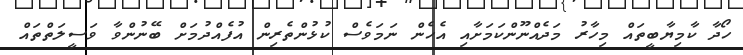
ހޯދާ ކާމިޔާބީތައް މިހާރު މަދެއްނޫންކަމަށާއި އެހެން ނަމަވެސް ކުޅުންތެރިން އުފެއްދުމަށް ބޭނުންވާ ވަސީލަތްތައް